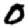
Digit: 0